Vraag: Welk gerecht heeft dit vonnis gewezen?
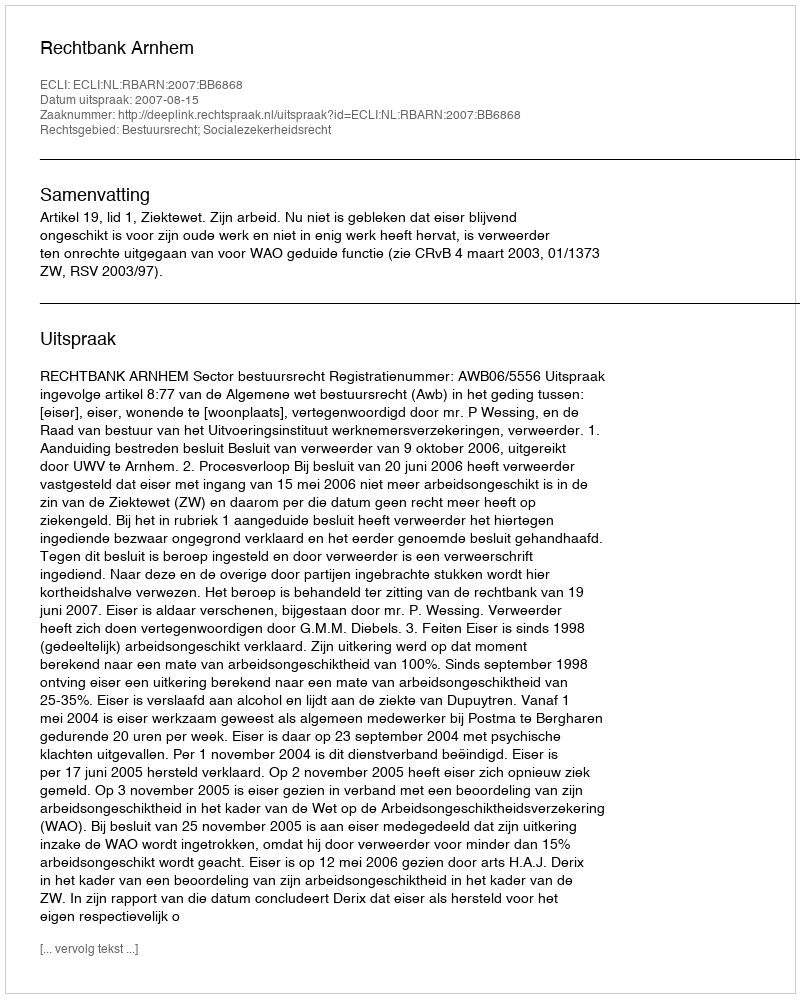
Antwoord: Rechtbank Arnhem